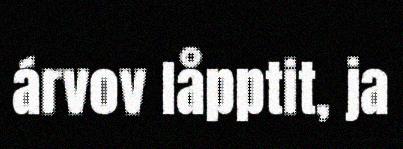
árvov låpptit, ja